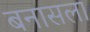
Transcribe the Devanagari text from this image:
बनासला